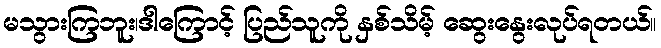
မသွားကြဘူး၊ဒါကြောင့် ပြည်သူကို နှစ်သိမ့် ဆွေးနွေးလုပ်ရတယ်။